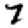
Digit: 7